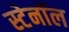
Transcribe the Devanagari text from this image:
स्टेनॉल